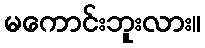
မကောင်းဘူးလား။